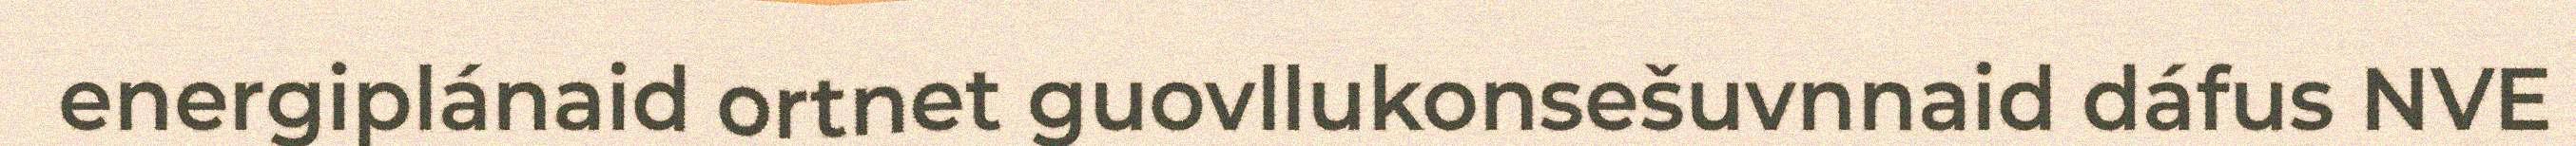
energiplánaid ortnet guovllukonsešuvnnaid dáfus NVE